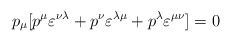
\begin{align*}p_{\mu}[p^{\mu} \varepsilon^{\nu \lambda} + p^{\nu} \varepsilon^{\lambda \mu} + p^{\lambda} \varepsilon^{\mu \nu}] =0\end{align*}